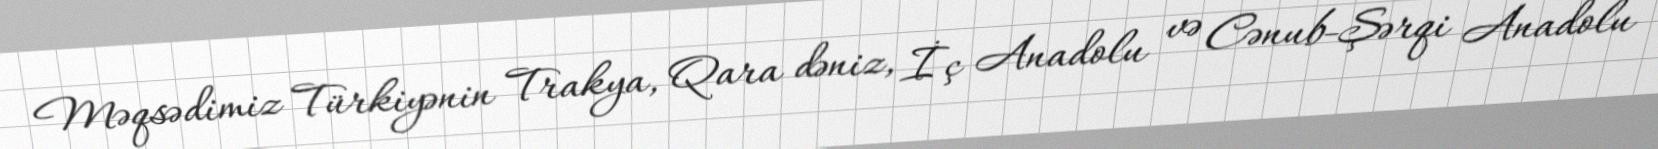
Məqsədimiz Türkiyənin Trakya, Qara dəniz, İç Anadolu və Cənub-Şərqi Anadolu